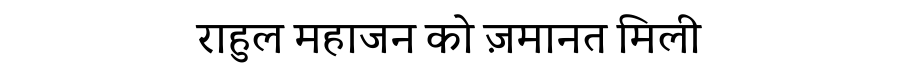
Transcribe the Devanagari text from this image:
राहुल महाजन को ज़मानत मिली